Indian journal of veterinary science and animal husbandry - Volume 10,
Year: 1940
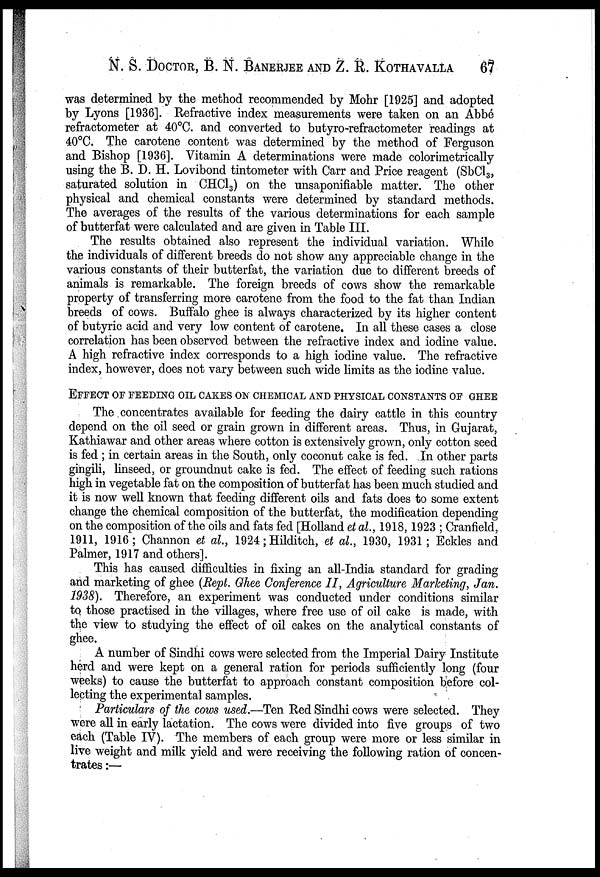
N. S. DOCTOR, B. N. BANERJEE AND Z. R. KOTHAVALLA 67
was determined by the method recommended by Mohr [1925] and adopted
by Lyons [1936]. Refractive index measurements were taken on an Abbé
refractometer at 40°C. and converted to butyro-refractometer readings at
40°C. The carotene content was determined by the method of Ferguson
and Bishop [1936]. Vitamin A determinations were made colorimetrically
using the B. D. H. Lovibond tintometer with Carr and Price reagent (SbCl 3 ,
saturated solution in CHC1 3 ) on the unsaponifiable matter. The other
physical and chemical constants were determined by standard methods.
The averages of the results of the various determinations for each sample
of butterfat were calculated and are given in Table III.
The results obtained also represent the individual variation. While
the individuals of different breeds do not show any appreciable change in the
various constants of their butterfat, the variation due to different breeds of
animals is remarkable. The foreign breeds of cows show the remarkable
property of transferring more carotene from the food to the fat than Indian
breeds of cows. Buffalo ghee is always characterized by its higher content
of butyric acid and very low content of carotene. In all these cases a close
correlation has been observed between the refractive index and iodine value.
A high refractive index corresponds to a high iodine value. The refractive
index, however, does not vary between such wide limits as the iodine value.
EFFECT OF FEEDING OIL CAKES ON CHEMICAL AND PHYSICAL CONSTANTS OF GHEE
The concentrates available for feeding the dairy cattle in this country
depend on the oil seed or grain grown in different areas. Thus, in Gujarat,
Kathiawar and other areas where cotton is extensively grown, only cotton seed
is fed ; in certain areas in the South, only coconut cake is fed. In other parts
gingili, linseed, or groundnut cake is fed. The effect of feeding such rations
high in vegetable fat on the composition of butterfat has been much studied and
it is now well known that feeding different oils and fats does to some extent
change the chemical composition of the butterfat, the modification depending
on the composition of the oils and fats fed [Holland et al., 1918, 1923 ; Cranfield,
1911, 1916; Channon et al., 1924; Hilditch, et al., 1930, 1931; Eckles and
Palmer, 1917 and others].
This has caused difficulties in fixing an all-India standard for grading
and marketing of ghee (Rept. Ghee Conference II, Agriculture Marketing, Jan.
1938). Therefore, an experiment was conducted under conditions similar
to those practised in the villages, where free use of oil cake is made, with
the view to studying the effect of oil cakes on the analytical constants of
ghee.
A number of Sindhi cows were selected from the Imperial Dairy Institute
herd and were kept on a general ration for periods sufficiently long (four
weeks) to cause the butterfat to approach constant composition before col-
lecting the experimental samples.
Particulars of the cows used.—Ten Red Sindhi cows were selected. They
were all in early lactation. The cows were divided into five groups of two
each (Table IV). The members of each group were more or less similar in
live weight and milk yield and were receiving the following ration of concen-
trates :—